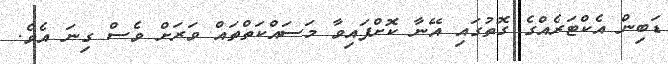
ޑަބިން އެކްޓަރެއްގެ ގޮތުގައި އޭނާ ކޮށްފައިވާ މަސައްކަތްތައް ވަރަށް ވެސް ގިނަ އެވެ.